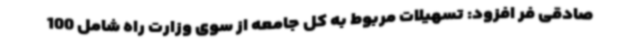
صادقی فر افزود: تسهیلات مربوط به کل جامعه از سوی وزارت راه شامل 100